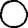
Digit: 0